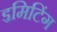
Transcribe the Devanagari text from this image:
इमिटिंग